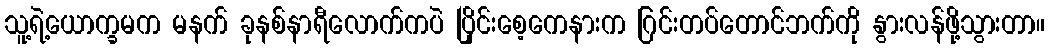
သူ့ရဲ့ယောက္ခမက မနက် ခုနစ်နာရီလောက်ကပဲ ပြိုင်းစေ့ကေနားက ဂြင်းတပ်တောင်ဘက်ကို နွားလန်ဖို့သွားတာ။